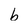
Character: b